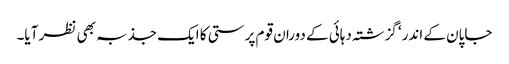
جاپان کے اندر‘ گزشتہ دہائی کے دوران قوم پرستی کا ایک جذبہ بھی نظر آیا۔